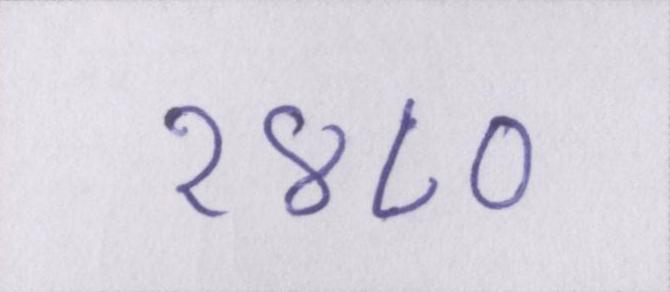
१४८०